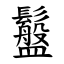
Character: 䰔